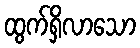
ထွက်ရှိလာသော